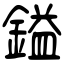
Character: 鎰